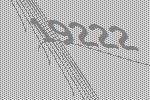
19222